Annual report on the health of the army in India
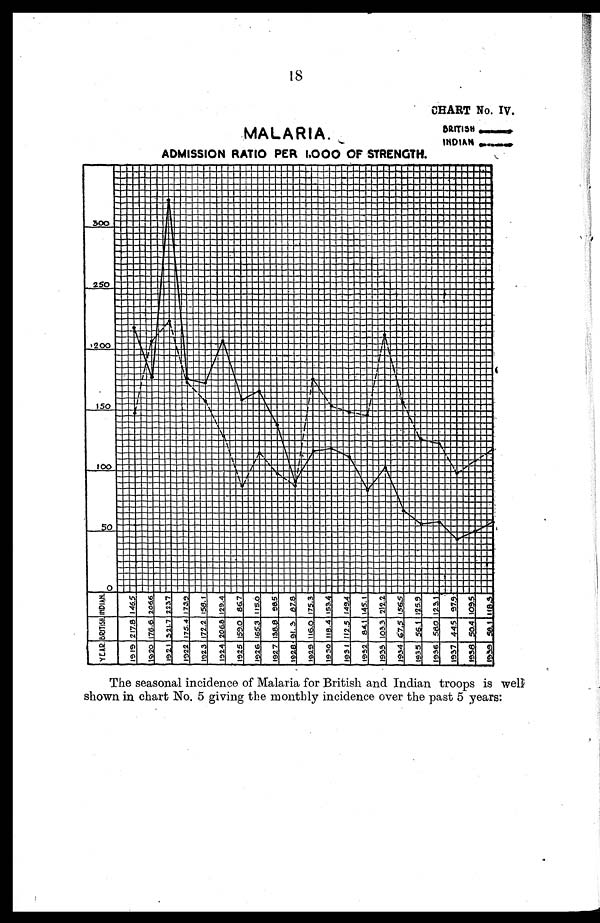
18
CHART NO. IV.
MALARIA. BRITISH—
INDIAN—
ADMISSION RATIO PER 1,000 OF STRENGTH.
INDIAN
B R I T I S H
Y E A R
The seasonal incidence of Malaria for British and Indian troops is well
shown in chart No. 5 giving the monthly incidence over the past 5 .years: